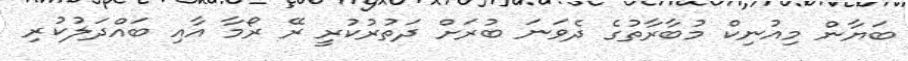
ބަޔާން މިއުނިކް މުބާރާތުގެ ދެވަނަ ބުރަށް ދަތުރުކުރީ ރޭ ރޯމާ އާއި ބައްދަލުކުރި